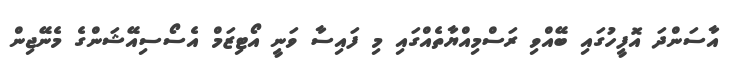
އާސަންދަ އޮފީހުގައި ބޭއްވި ރަސްމިއްޔާތެއްގައި މި ފައިސާ ވަނީ އޯޓިޒަމް އެސޯސިއޭޝަންގެ މެނޭޖިން